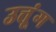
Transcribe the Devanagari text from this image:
उत्तूंग